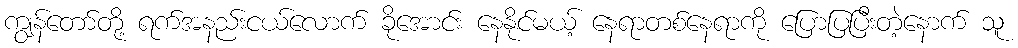
ကျွန်တော်တို့ ရက်အနည်းငယ်လောက် ခိုအောင်း နေနိုင်မယ့် နေရာတစ်နေရာကို ပြောပြပြီးတဲ့နောက် သူ